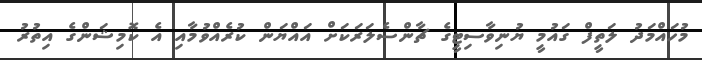
މުހައްމަދު ލަތީފް ގައުމީ ޔުނިވާސިޓީގެ ޗާންސެލަރަކަށް އައްޔަން ކުރެއްވުމާއި އެ ކޮމިޝަންގެ އިތުރު